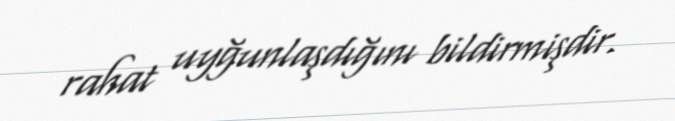
rahat uyğunlaşdığını bildirmişdir.